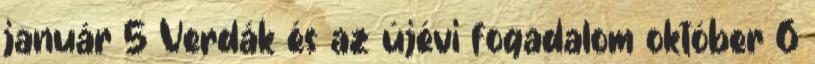
január 5 Verdák és az újévi fogadalom október 6